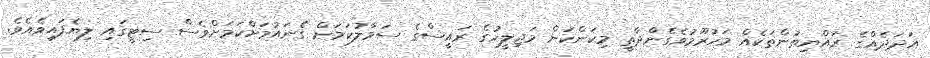
އަދަދެއްގެ ރައްޔިތުންތަކެއް މަހުރޫމުވެގެންދާތީ މިކަންކަން މަޖިލީހުގެ ރައީސްގެ ސަމާލުކަމަށް ގެނައުމަށްކަމަށްވެސް ސިޓީގައި ލިޔެފައިވެއެވެ.